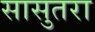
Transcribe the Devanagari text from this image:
सासुतरा